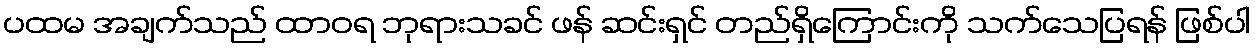
ပထမ အချက်သည် ထာဝရ ဘုရားသခင် ဖန် ဆင်းရှင် တည်ရှိကြောင်းကို သက်သေပြရန် ဖြစ်ပါ